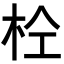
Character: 𭩫